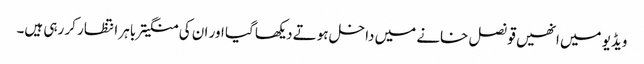
ویڈیو میں انھیں قونصل خانے میں داخل ہوتے دیکھا گیا اور ان کی منگیتر باہر انتظار کر رہی ہیں۔